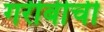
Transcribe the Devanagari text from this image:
गरीबीची